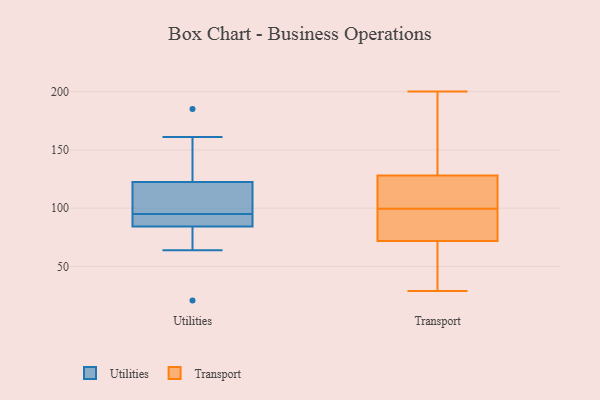
{"axis": {"x": "Production Output", "y": "Value"}, "legend": ["Transport", "Utilities"], "data": [{"x": "", "y": 95, "type": "Utilities"}, {"x": "", "y": 88, "type": "Utilities"}, {"x": "", "y": 161, "type": "Utilities"}, {"x": "", "y": 21, "type": "Utilities"}, {"x": "", "y": 104, "type": "Utilities"}, {"x": "", "y": 112, "type": "Utilities"}, {"x": "", "y": 126, "type": "Utilities"}, {"x": "", "y": 89, "type": "Utilities"}, {"x": "", "y": 64, "type": "Utilities"}, {"x": "", "y": 185, "type": "Utilities"}, {"x": "", "y": 83, "type": "Utilities"}, {"x": "", "y": 118, "type": "Transport"}, {"x": "", "y": 170, "type": "Transport"}, {"x": "", "y": 29, "type": "Transport"}, {"x": "", "y": 136, "type": "Transport"}, {"x": "", "y": 92, "type": "Transport"}, {"x": "", "y": 100, "type": "Transport"}, {"x": "", "y": 60, "type": "Transport"}, {"x": "", "y": 120, "type": "Transport"}, {"x": "", "y": 105, "type": "Transport"}, {"x": "", "y": 51, "type": "Transport"}, {"x": "", "y": 200, "type": "Transport"}, {"x": "", "y": 81, "type": "Transport"}, {"x": "", "y": 99, "type": "Transport"}, {"x": "", "y": 63, "type": "Transport"}, {"x": "", "y": 144, "type": "Transport"}, {"x": "", "y": 95, "type": "Transport"}]}